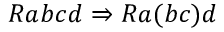
R a b c d \Rightarrow R a ( b c ) d